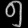
Digit: ၅